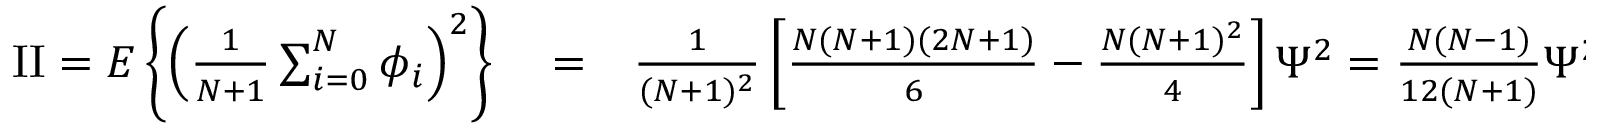
\begin{array} { r l r } { \mathrm { { I I } } = E \left\{ \left( { \frac { 1 } { N + 1 } } \sum _ { i = 0 } ^ { N } \phi _ { i } \right) ^ { 2 } \right\} } & { { } = } & { { \frac { 1 } { ( N + 1 ) ^ { 2 } } } \left[ { \frac { N ( N + 1 ) ( 2 N + 1 ) } { 6 } } - { \frac { N ( N + 1 ) ^ { 2 } } { 4 } } \right] \Psi ^ { 2 } = { \frac { N ( N - 1 ) } { 1 2 ( N + 1 ) } } \Psi ^ { 2 } \, . } \end{array}